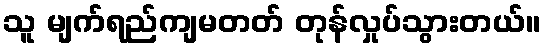
သူ မျက်ရည်ကျမတတ် တုန်လှုပ်သွားတယ်။